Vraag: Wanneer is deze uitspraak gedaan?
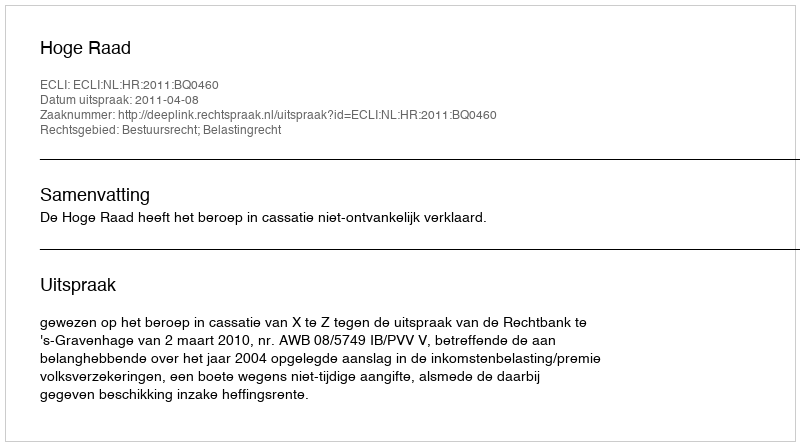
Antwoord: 2011-04-08